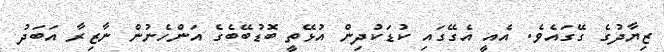
ޒިޔާދުގެ ގޭގައެވެ. އެއީ އެގޭގައި ކުޑަކުދިން އުޅޭތީ ބޮޑުބޭބެގެ އަންހެނުން ނާޒިރާ އަބަދު